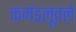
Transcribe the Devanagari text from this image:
कमंडलूतले